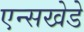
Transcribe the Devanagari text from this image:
एन्सखेडे